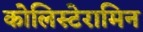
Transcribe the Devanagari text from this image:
कोलिस्टेरामिन